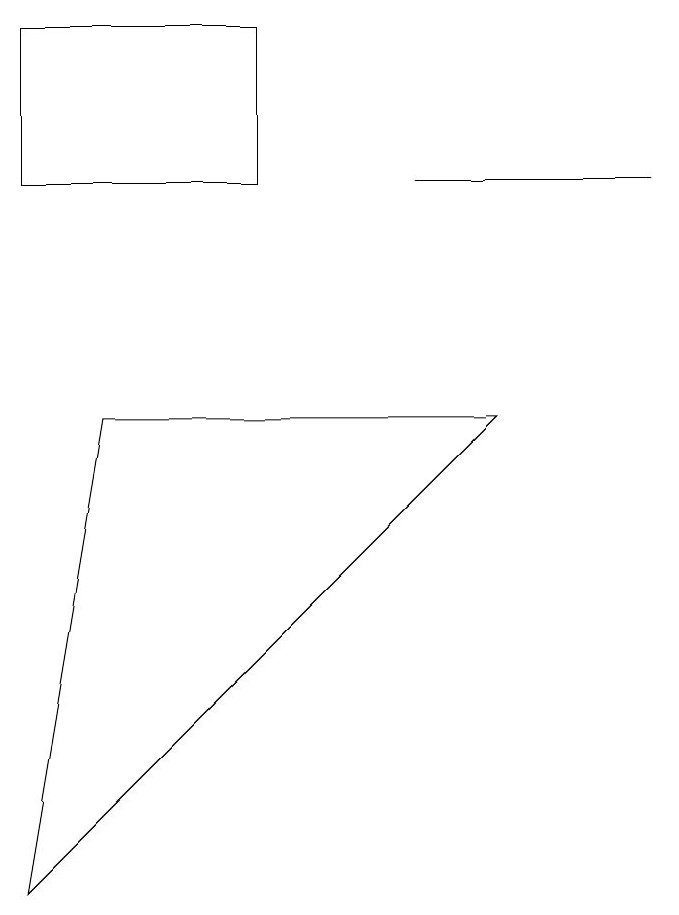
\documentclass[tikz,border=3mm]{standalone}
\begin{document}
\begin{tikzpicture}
\draw (4,12) rectangle (1,10);
\draw (1,1) -- (7,7) -- (2,7) -- cycle;
\draw (9,10) rectangle (6,10);
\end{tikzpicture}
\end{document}